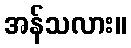
အန်သလား။